Report of the Indian Hemp Drugs Commission, 1894-1895 - Volume VII
Year: 1894
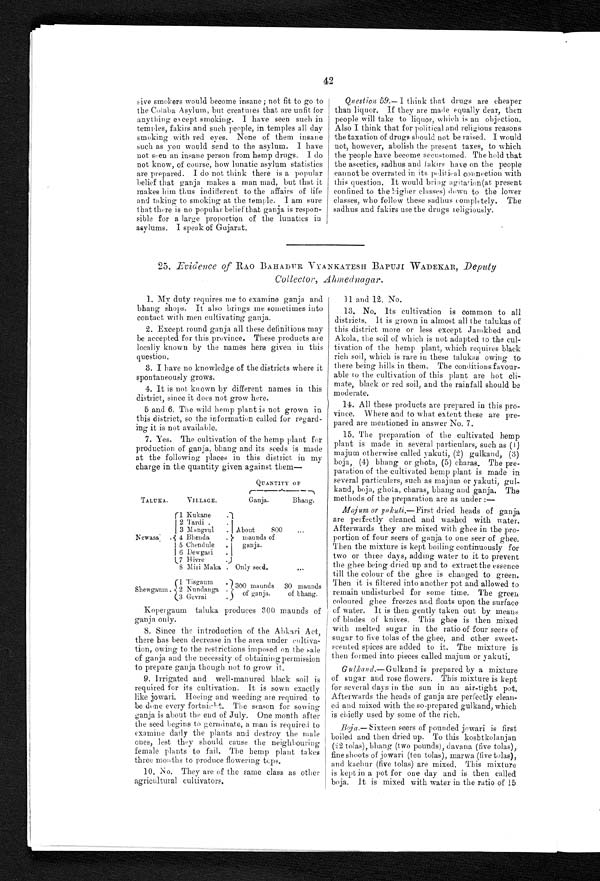
42
sive smokers would become insane; not fit to go to
the Colaba Asylum, but creatures that are unfit for
anything except smoking. I have seen such in
temples, fakirs and such people, in temples all day
smoking with red eyes. None of them insane
such as you would send to the asylum. I have
not seen an insane person from hemp drugs. I do
not know, of course, how lunatic asylum statistics
are prepared. I do not think there is a popular
belief that ganja makes a man mad, but that it
makes him thus indifferent to the affairs of life
and taking to smoking at the temple. I am sure
that there is no popular belief that ganja is respon
-sible for a large proportion of the lunatics in
asylums. I speak of Gujarat.
Question 59.–I think that drugs are cheaper
than liquor. If they are made equally dear, then
people will take to liquor, which is an objection.
Also I think that for political and religious reasons
the taxation of drugs should not be raised. I would
not, however, abolish the present taxes, to which
the people have become accustomed. The hold that
the ascetics, sadhus and fakirs have on the people
cannot be overrated in its political connection with
this question. It would bring agitation(at present
confi ned t o t he bi gher cl asses) down t o t he l ower
classes, who follow these sadhus completely. The
sadhus and fakirs use the drugs religiously.
25. Evidence of RAO BAHADUR VYANKATESH BAPUJI WADEKAR, Deputy
Collector, Ahmednagar.
1. My duty requires me to examine ganja and
bhang shops. It also brings me sometimes into
contact with men cultivating ganja.
2. Except round ganja all these definitions may
be accepted for this province. These products are
locally known by the names here given in this
question.
3. I have no knowledge of the districts where it
spontaneously grows.
4. It is not known by different names in this
district, since it does not grow here.
5 and 6. The wild hemp plant is not grown in
this district, so the information called for regard
- i n g i t i s n o t a v a i l a b l e .
7. Yes. The cultivation of the hemp plant for
production of ganja, bhang and its seeds is made
at the following places in this district, in my
charge in the quantity given against them
—
QUANTITY OF
TALUKA.
VILLAGE.
Ganja.
Bhang.
Newasa .
1 Kukane.
About
800
maunds of
ganja.
. . .
2 Tardi.
3 Mangrul .
4 Bhenda.
Shewgaum.
5 Chendule.
6 Dewgari.
7 H ivre.
Only seed.
. . .
8 Miri Maka .
1 Tisgaum. 300 maunds
of ganja.
30 maunds
of bhang.
2 Nundanga.
3 Gevrai .
Kopergaum taluka produces 300 maunds of
ganja only.
8. Since the introduction of the Abkari Act,
there has been decrease in the area under cultiva
- t i o n , o w i n g t o t h e r e s t r i c t i o n s i m p o s e d o n t h e s a l e
of ganja and the necessity of obtaining permission
to prepare ganja though not to grow it.
9. Irrigated and well-manured black soil is
required for its cultivation. It is sown exactly
like jowari. Hoeing and weeding are required to
be done every fortnight. The season for sowing
ganja is about the end of July. One month after
the seed begins to geminate, a man is required to
examine daily the plants and destroy the male
ones, lest they should cause the neighbouring
female plants to fail. The hemp plant takes
three months to produce flowering tops.
10. No. They are of the same class as other
agricultural cultivators.
11 and 12. No.
13. No. Its cultivation is common to all
districts. It is grown in almost all the talukas of
this district more or less except Jamkhed and
Akola, the soil of which is not adapted to the cul
- t i v a t i o n o f t h e h e m p p l a n t , w h i c h r e q u i r e s b l a c k
rich soil, which is rare in these talukas owing to
there being hills in them. The conditions favour
-able to the cultivation of this plant are hot cli
- m a t e , b l a c k o r r e d s o i l , a n d t h e r a i n f a l l s h o u l d b e
moderate.
14. All these products are prepared in this pro
-vince. Where and to what extent these are pre
- p a r e d a r e m e n t i o n e d i n a n s w e r N o . 7 .
15. The preparation of the cultivated hemp
plant is made in several particulars, such as (1)
majum otherwise called yakuti, (2) gulkand, (3)
boja, (4) bhang or ghota, (5) charas. The pre
- p a r a t i o n o f t h e c u l t i v a t e d h e m p p l a n t i s m a d e i n
several particulars, such as majum or yakuti, gul
- k a n d , b o j a , g h o t a , c h a r a s , b h a n g a n d g a n j a . T h e
methods of the preparation are as under :—
Ma j u m o r y a k u t i . — F i r s t
d r i e d h e a d s o f g a n j a
are perfectly cleaned and washed with water.
Afterwards they are mixed with ghee in the pro-
portion of four seers of ganja to one seer of ghee.
Then the mixture is kept boiling continuously for
two or three days, adding water to it to prevent
the ghee being dried up and to extract the essence
till the colour of the ghee is changed to green.
Then it is filtered into another pot and allowed to
remain undisturbed for some time. The green
coloured ghee freezes and floats upon the surface
of water. It is then gently taken out by means
of blades of knives. This ghee is then mixed
with melted sugar in the ratio of four seers of
sugar to five tolas of the ghee, and other sweet-
scented spices are added to it. The mixture is
then formed into pieces called majum or yakuti.
Gulkand.—Gulkand is prepared by a mixture
of sugar and rose flowers. This mixture is kept
for several days in the sun in an air-tight pot.
Afterwards the heads of ganja are perfectly clean
- e d a n d m i x e d w i t h t h e s o - p r e p a r e d g u l k a n d , w h i c h
is chiefly used by some of the rich.
Boja.— Sixteen seers of pounded jowari is first
boiled and then dried up. To this koshtkolanjan
(22 tolas), bhang (two pounds), davana (five tolas),
fine shoots of jowari (ten tolas), marwa (five tolas),
and kachur (five tolas) are mixed. This mixture
is kept in a pot for one day and is then called
boja. It is mixed with water in the ratio of 15